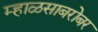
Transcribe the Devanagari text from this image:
म्हाळसाबरोबर